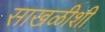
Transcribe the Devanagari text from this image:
साखळीशी